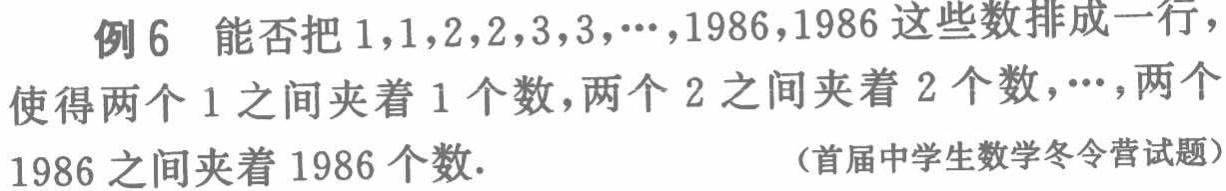
例6 能否把 \(1,1,2,2,3,3,\cdots,1986,1986\) 这些数排成一行，使得两个 \(1\) 之间夹着 \(1\) 个数，两个 \(2\) 之间夹着 \(2\) 个数，\(\cdots\)，两个 \(1986\) 之间夹着 \(1986\) 个数.

（首届中学生数学冬令营试题）